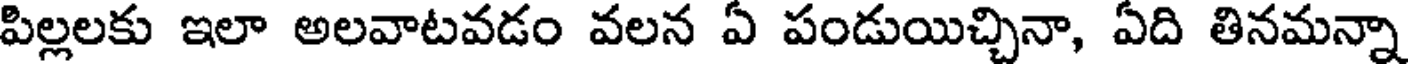
పిల్లలకు ఇలా అలవాటవడం వలన ఏ పండుయిచ్చినా, ఏది తినమన్నా